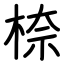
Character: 㮈